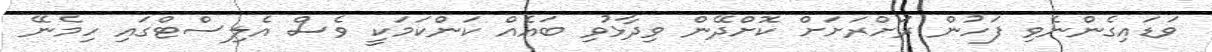
ވަޑައިގެންނެވި ފަހުން ރަށްރަށަށް ކޮށްދޭން ވިދާޅުވި ބައެއް ކަންކަމަކީ ވެސް އެލިސްޓްގައި ހިމެނޭ